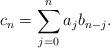
LaTeX: \begin{align*}c_{n} = \sum_{j=0}^{n} a_{j}b_{n-j}.\end{align*}